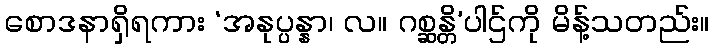
စောဒနာရှိရကား ‘အနုပ္ပန္နာ၊ လ။ ဂစ္ဆန္တိ’ပါဌ်ကို မိန့်သတည်း။